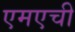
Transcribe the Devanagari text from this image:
एमएची